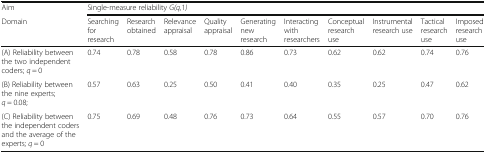
<table><thead><tr><td><b>Aim</b></td><td colspan="10"><b>Single-measure reliability <i>G(q,</i>1<i>)</i></b></td></tr><tr><td><b>Domain</b></td><td><b>Searching for research</b></td><td><b>Research obtained</b></td><td><b>Relevance appraisal</b></td><td><b>Quality appraisal</b></td><td><b>Generating new research</b></td><td><b>Interacting with researchers</b></td><td><b>Conceptual research use</b></td><td><b>Instrumental research use</b></td><td><b>Tactical research use</b></td><td><b>Imposed research use</b></td></tr></thead><tbody><tr><td>(A) Reliability between the two independent coders; <i>q</i> = 0</td><td>0.74</td><td>0.78</td><td>0.58</td><td>0.78</td><td>0.86</td><td>0.73</td><td>0.62</td><td>0.62</td><td>0.74</td><td>0.76</td></tr><tr><td>(B) Reliability between the nine experts; <i>q</i> = 0.08;</td><td>0.57</td><td>0.63</td><td>0.25</td><td>0.50</td><td>0.41</td><td>0.40</td><td>0.35</td><td>0.25</td><td>0.47</td><td>0.62</td></tr><tr><td>(C) Reliability between the independent coders and the average of the experts; <i>q</i> = 0</td><td>0.75</td><td>0.69</td><td>0.48</td><td>0.76</td><td>0.73</td><td>0.64</td><td>0.55</td><td>0.57</td><td>0.70</td><td>0.76</td></tr></tbody></table>